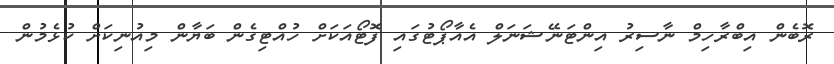
ރޮބެން އިބްރާހިމް ނާސިރު އިންޓަނޭޝަނަލް އެއާޕޯޓުގައި ފޮޓޯއަކަށް ހުއްޓިގެން ބަޔާން މިއުނިކަށް ކުޅެމުން